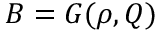
B = G ( \rho , Q )